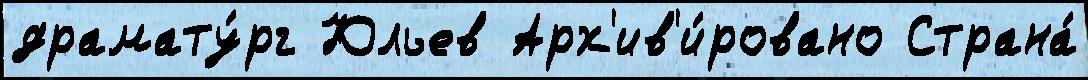
драмату́рг Юльев Арх'ив'и́ровано Страна́